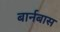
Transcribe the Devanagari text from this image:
बार्नबास